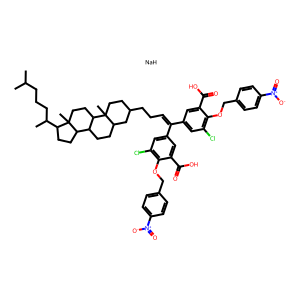
SMILES: CC(C)CCCC(C)C1CCC2C3CCC4CC(CCC=C(c5cc(Cl)c(OCc6ccc([N+](=O)[O-])cc6)c(C(=O)O)c5)c5cc(Cl)c(OCc6ccc([N+](=O)[O-])cc6)c(C(=O)O)c5)CCC4(C)C3CCC12C.[NaH]
Inhibits HIV replication: Yes